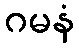
ဂမနံ